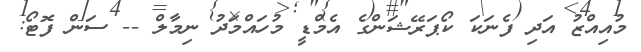
މުއިއްޒު އަދި ފެނަކަ ކޯޕަރޭޝަންގެ އެމްޑީ މުހައްމަދު ނިމާލް -- ސަން ފޮޓޯ: